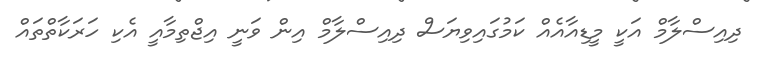
ދިއިސްލާމް އަކީ މީޑިއާއެއް ކަމުގައިވިޔަސް ދިއިސްލާމް އިން ވަނީ އިޖްތިމާއީ އެކި ހަރަކާތްތައް